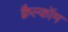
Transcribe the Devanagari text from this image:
क्वैल्कॉम